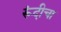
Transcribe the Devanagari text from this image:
रूंदीचा